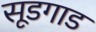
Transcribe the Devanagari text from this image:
सूडगाड